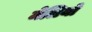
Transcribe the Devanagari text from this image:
मेलियो